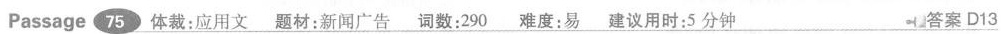
Passage 75 体裁:应用文 题材:新闻广告 词数:290 难度:易 建议用时:5分钟 答案 D13